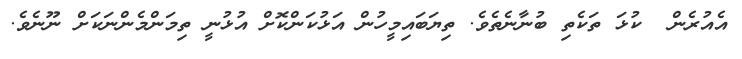
އެއުރެން  ކުޅަ ތަކެތި ބުނާނެތެވެ. ތިޔަބައިމީހުން އަޅުކަންކޮށް އުޅުނީ ތިމަންމެންނަކަށް ނޫނެވެ.